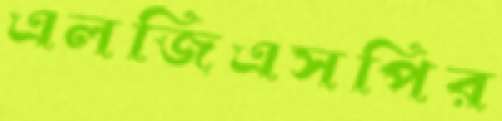
এলজিএসপির